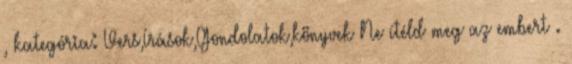
, kategória: Vers,Írások,Gondolatok,könyvek Ne ítéld meg az embert .